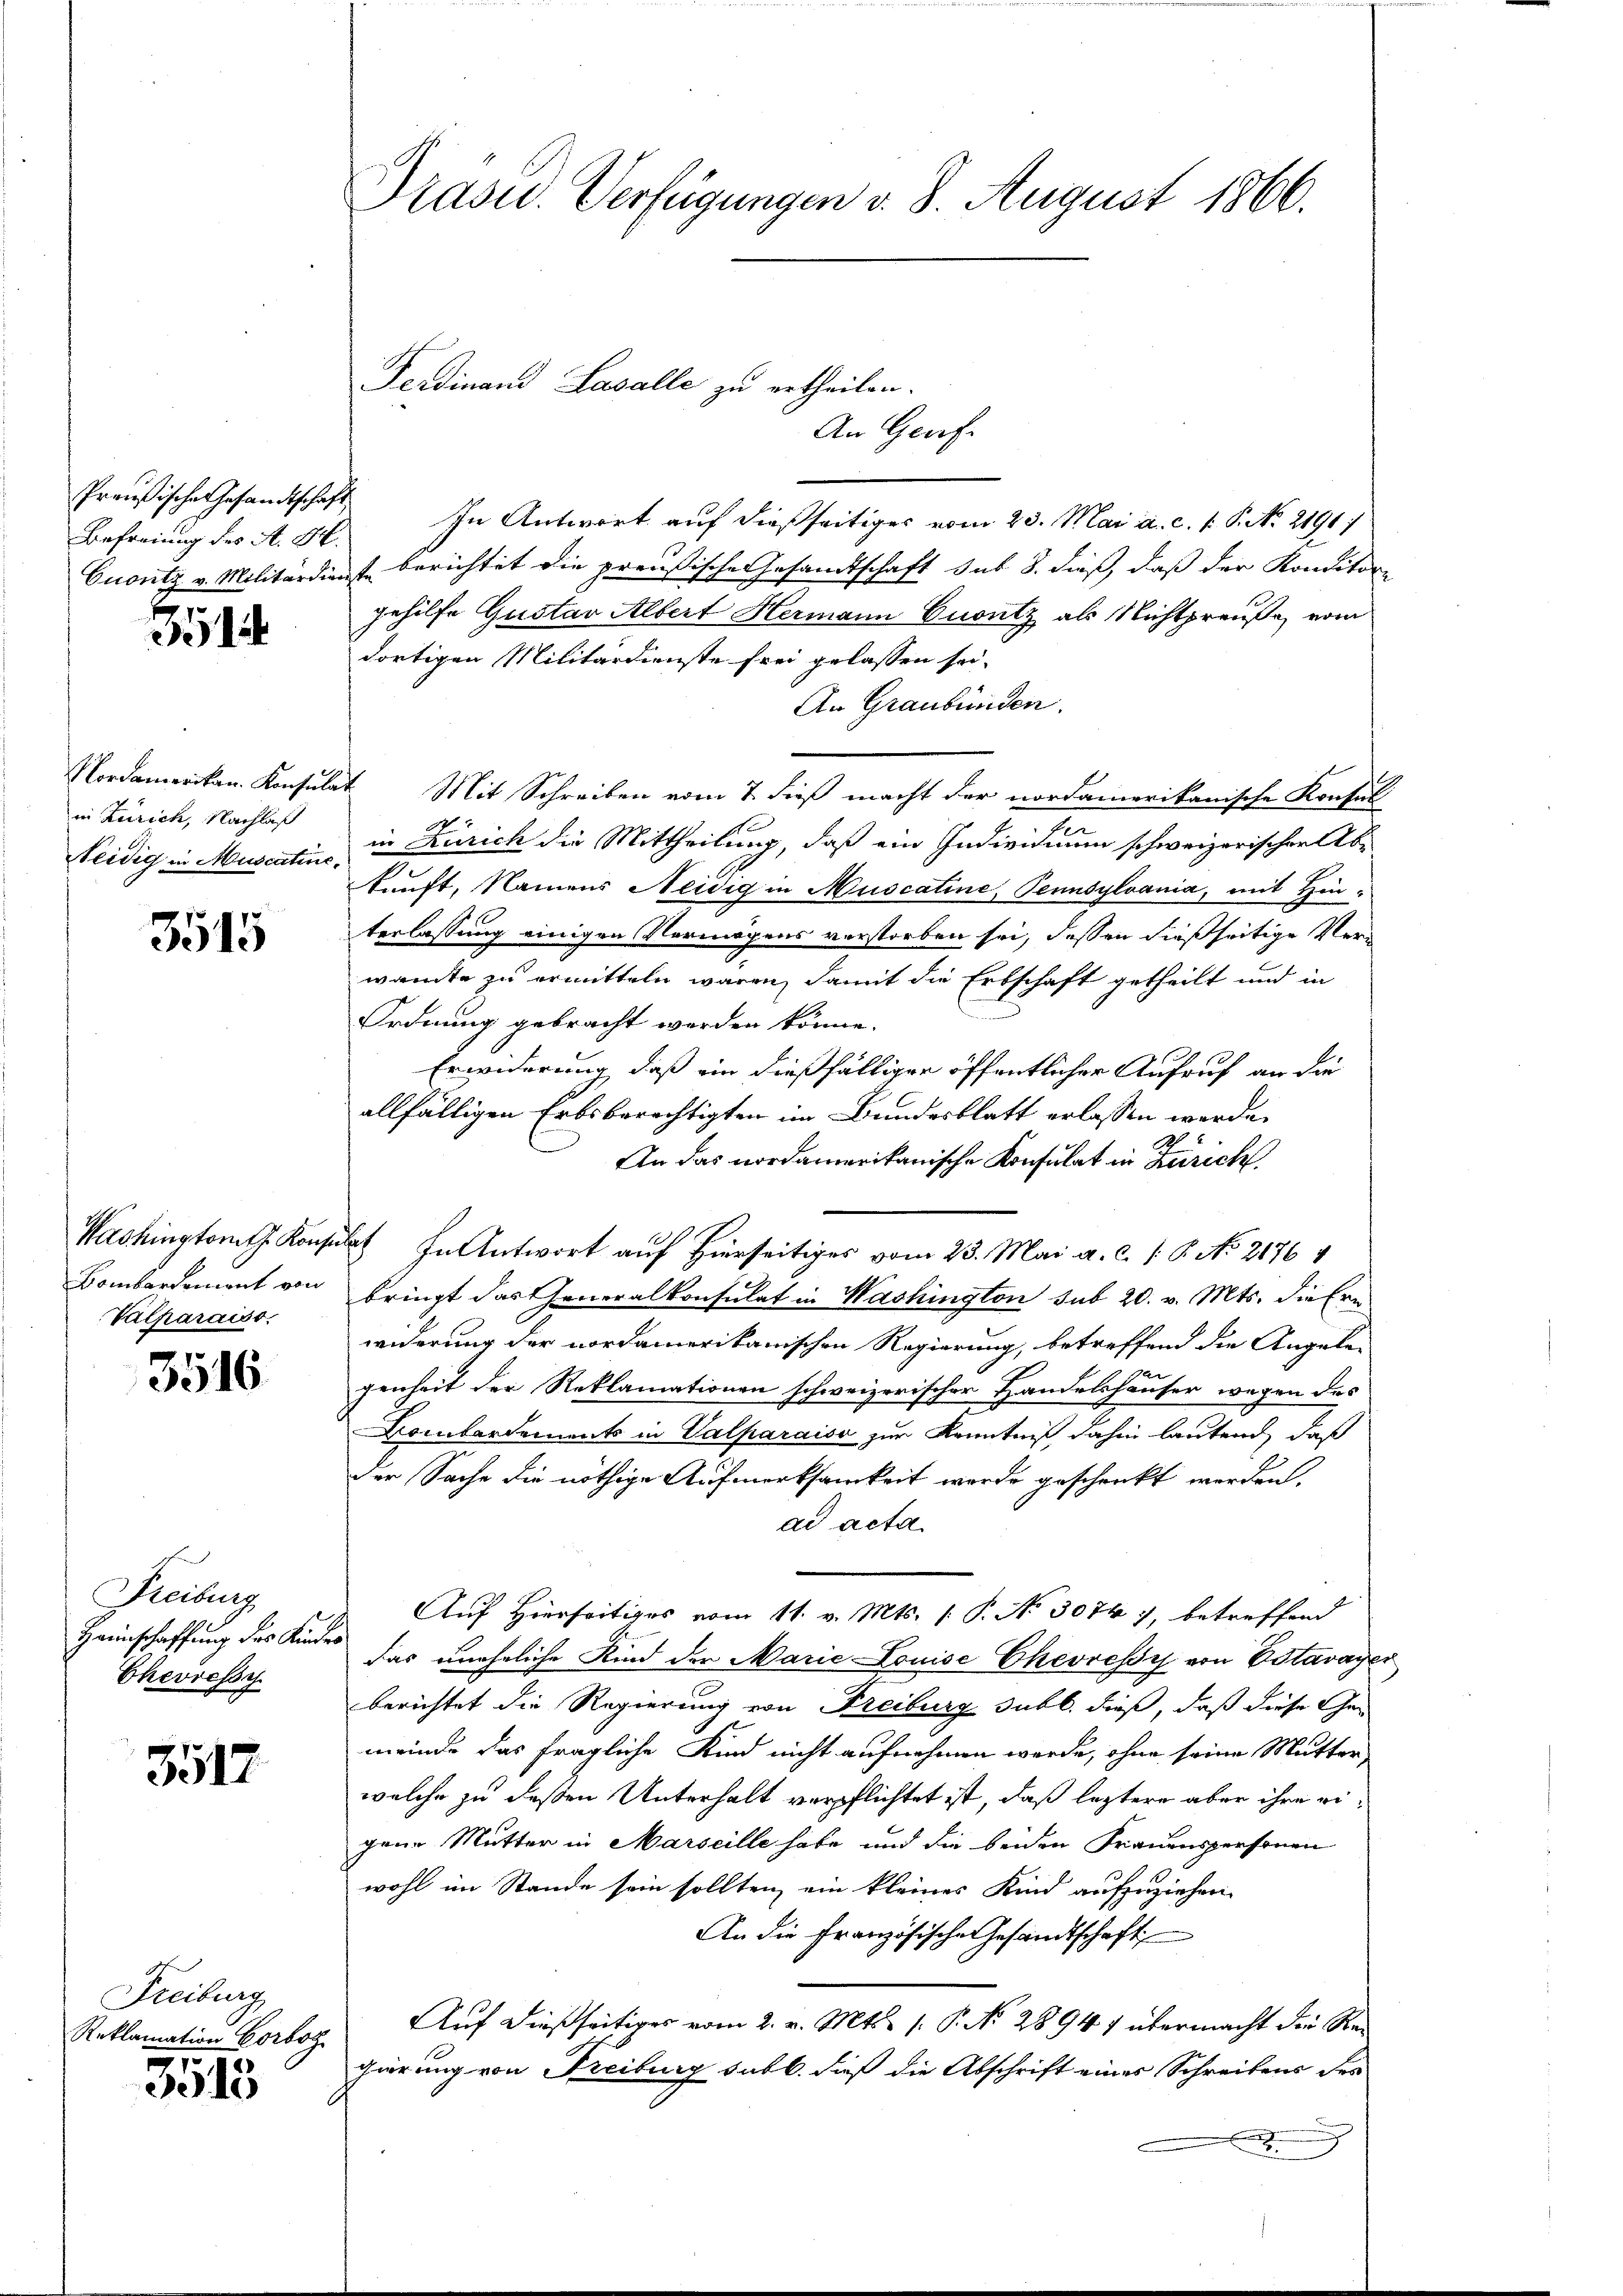
Preußische Gesandtschaft
Befreiung des A. H.
Cuontz v. Militärdie

1

Nordamerikan. Konsula
in Zürich, Nachlaß
Neidig in Muscatine.

3515

Washington Konse
Bombardement von
Valparaiss

3516

Freibung
Haunschaffung des Kin
Chevicssy

3517

Freiburg
Reklamation Corbog

3513

Präsid. Verfügungen v. 8. August 1866.

In Antwort auf dießseitiges vom 23. Mai a. c. f. P. No. 2191/
ist berichtet die preußische Gesandtschaft sub 8. dieß, daß der Konditore
gehilfe Gustav Albert Hermann Ersatz als Nichtpreuße vom
dortigen Militärdienste frei gelassen sei.
An Graubünden.
 Mit Schreiben vom 7. dieß macht der nordamerikanische Konsul
in Zürich die Mittheilung, daß ein Individium schweizerischen Ab-
kunft, Namens Neidig in Muscatine, Pennsylvania, mit Hinterlassung einigen Vermögens verstorben sei, dessen dießseitige Verwamte zu ermitteln waren, damit die Erbschaft getheilt und in
.
Ordnung gebracht werden könne.
Erwiderung, daß ein dießfälliger öffentlicher Aufruf an die
allfälligen Erbsberechtigten im Bundesblatt erlassen werde.
An das nordamerikanische Konsulat in Zürich
dt In Antwort auf Hierseitiges vom 23. Mai a. c. 1 P. No 21764
bringt das Generalkonsulat in Washington sub 20. v. Mts. die Ern
widerung der nordamerikanischen Regierung, betreffend die Angele-
genheit der Reklamationen schweizerischer Handelshäuser wegen des
Kombardements in Valparaiso zur Kenntniß dahin lautend, daß
der Sache die nöthige Aufmerksamkeit werde geschenkt werden.
dd acta
Auf Hierseitiges vom 11. v. Mts. (: P. No 3074), betreffend
das uneheliche Kind der Marie Louise Chevressy von Estavayer
berichtet die Regierung von Freiburg subl. dieß, daß diese Gemeinde das fragliche Kind nicht aufnehmen werde, ohne seine Mutter
welche zu deßen Unterhalt verpflichtet ist, daß leztere aber ihre eigene Mutter in Marseille habe und die beiden Frauenspersonen
wohl im Stande sein sollten, ein kleines Kind aufzuziehen.
An die Französische Gesandtschaft
Auf dießseitiges vom 2. v. Mts. (: P. No 28947 übermacht die Regierung von Freiburg subb. dieß die Abschrift eines Schreibens des
2

Ferdinand Lavalle zu ertheilen.
An Graf